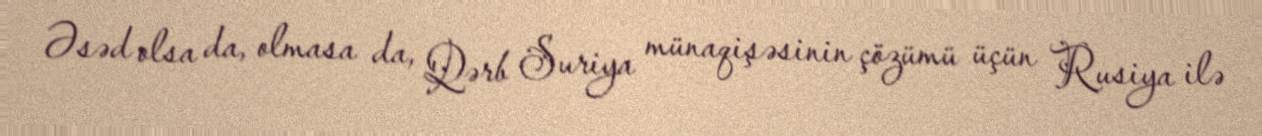
Əsəd olsa da, olmasa da, Qərb Suriya münaqişəsinin çözümü üçün Rusiya ilə